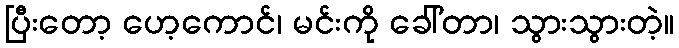
ပြီးတော့ ဟေ့ကောင်၊ မင်းကို ခေါ်တာ၊ သွားသွားတဲ့။